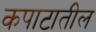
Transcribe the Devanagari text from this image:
कपाटातील